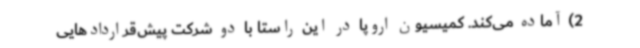
2) آماده می‌کند. کمیسیون اروپا در این راستا با دو شرکت پیش‌قراردادهایی